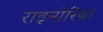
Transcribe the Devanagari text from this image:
राइनोरिया